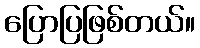
ပြောပြဖြစ်တယ်။